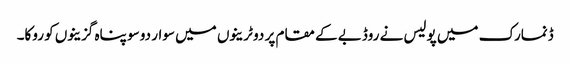
ڈنمارک میں پولیس نے روڈبے کے مقام پر دو ٹرینوں میں سوار دو سو پناہ گزینوں کو روکا۔